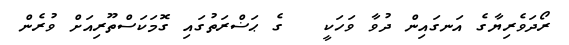
ރޯދަވެރިޔާގެ އަނގައިން ދުވާ ވަހަކީ   ގެ ޙަޟްރަތުގައި ގޮމަކަސްތޫރިއަށް ވުރެން